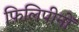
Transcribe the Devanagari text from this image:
फ़िलिपीनों